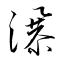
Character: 瀑